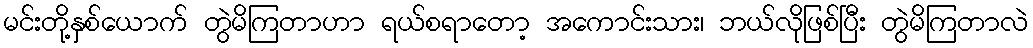
မင်းတို့နှစ်ယောက် တွဲမိကြတာဟာ ရယ်စရာတော့ အကောင်းသား၊ ဘယ်လိုဖြစ်ပြီး တွဲမိကြတာလဲ